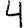
Digit: 4